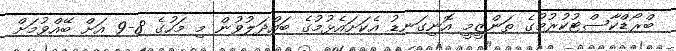
ބްރޯޑްކާސްޓުކުރުމުގެ ތަންޒީމީ އޮނިގަނޑު އެކަށައެޅުމުގެ ބައްދަލުވުން މި މަހުގެ 8-9 އަށް ބޭއްވުމަށް